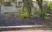
ટબોલની